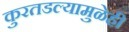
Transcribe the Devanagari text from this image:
कुरतडल्यामुळेही